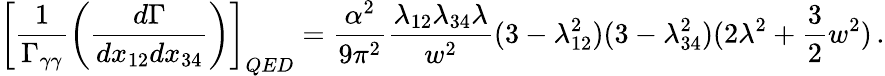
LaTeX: \left[\frac{1}{\Gamma_{\gamma\gamma}}\left(\frac{d\Gamma}{dx_{12}dx_{34}}\right)\right]_{QED}=\frac{\alpha^{2}}{9\pi^{2}}\frac{\lambda_{12}\lambda_{34}\lambda}{w^{2}}(3-\lambda_{12}^{2})(3-\lambda_{34}^{2})(2\lambda^{2}+\frac{3}{2}w^{2})\, .